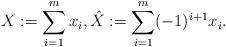
LaTeX: \begin{align*}X:=\sum_{i=1}^m x_i, \hat{X}:= \sum_{i=1}^m (-1)^{i+1} x_i.\end{align*}